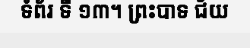
ទំព័រ ទី ១៣។ ព្រះបាទ ជ័យ